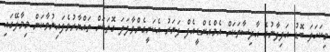
މިކަހަލަ ބޮޑު އަލިފާނުގެ ޙާދިސާތަކަށް އެމްއެންޑީއެފް ފަޔަރު އެކަށީގެންވާފަދަ ގޮތަކަށް ތައްޔާރުވެފައިނުވާކަން މިމާލޭގައި